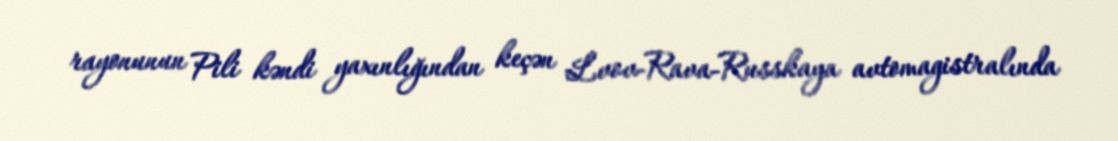
rayonunun Pili kəndi yaxınlığından keçən Lvov-Rava-Russkaya avtomagistralında